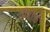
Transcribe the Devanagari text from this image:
नियोक्ति